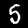
Label: 5